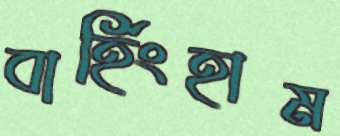
বার্হিংহাম